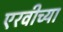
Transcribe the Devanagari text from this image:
एरवीच्या